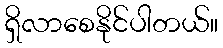
ရှိလာစေနိုင်ပါတယ်။